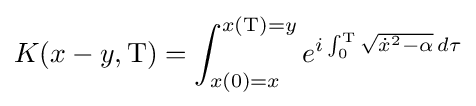
K(x-y,\mathrm {T} )=\int _{x(0)=x}^{x(\mathrm {T} )=y}e^{i\int _{0}^{\mathrm {T} }{\sqrt {{\dot {x}}^{2}-\alpha }}\,d\tau }